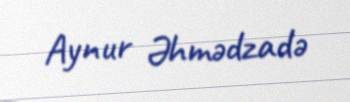
Aynur Əhmədzadə